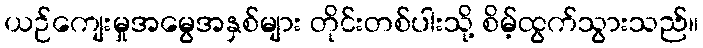
ယဉ်ကျေးမှုအမွေအနှစ်များ တိုင်းတစ်ပါးသို့ စိမ့်ထွက်သွားသည်။